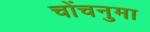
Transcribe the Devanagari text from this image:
चोंचनुमा